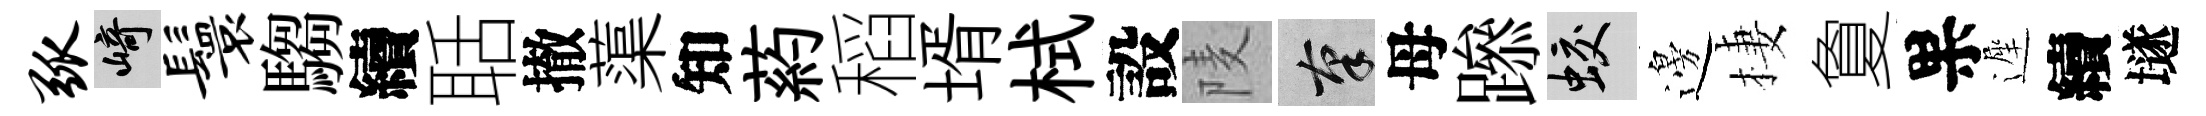
弧崎鬟騶續聒撤蕖知葯稻壻栻設𨹧筆母𨅶蛟邊棲夐果遲續𡑞